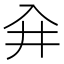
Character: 𰃖